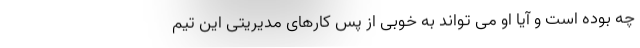
چه بوده است و آیا او می تواند به خوبی از پس کارهای مدیریتی این تیم